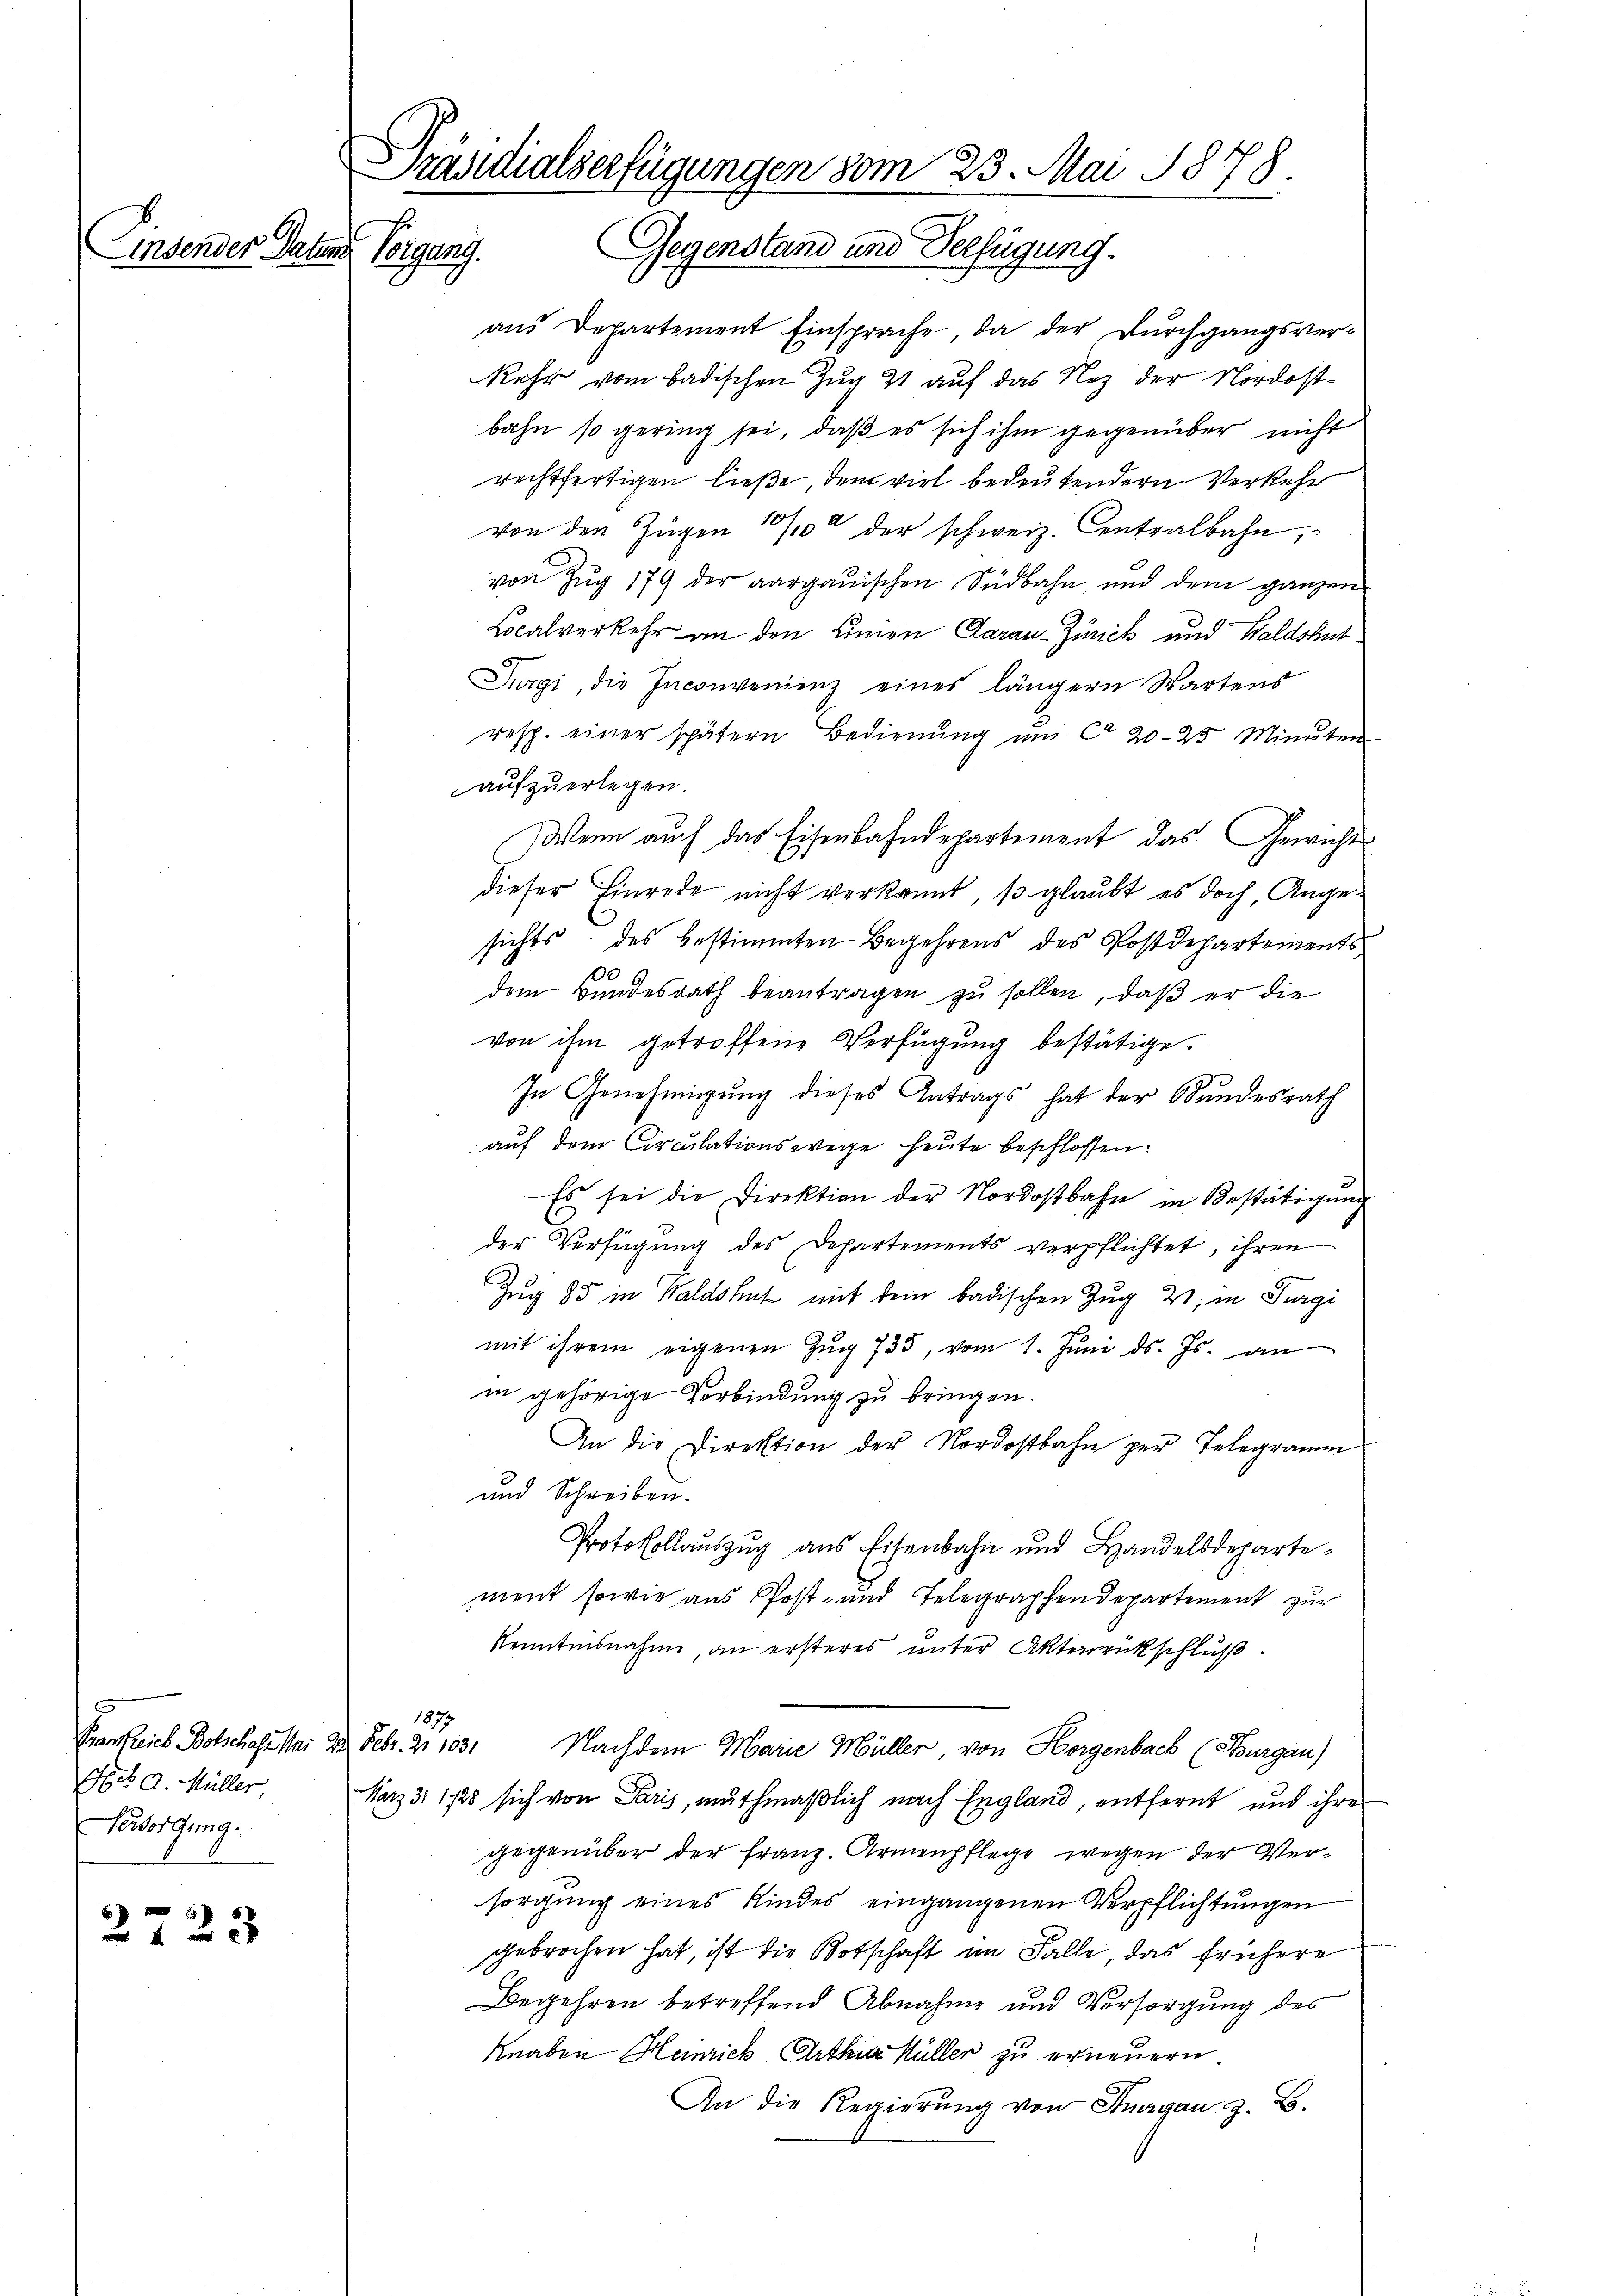
insender Datum

Frankreich Botschass Mai 29. Febr. 21. 1031
Ges a. Müller
Vorsorgung.

2723

Präsidialserfügungen vom 25. Mai 1878.
Vorgang. Gegenstand und Verfügung.

aus Departement Einsprache da der Durchgangsver-
Rehr vom badischen Zug 21 auf das Nez der Nordostbahn so gering sei, daß es sich ihm gegenüber nicht
rechtfertigen ließe, dem viel bedeutendern Verkehr
von den Zügen 1/10 der schweiz. Centralbahn,
von Zug 179 der aargauischen Südbahn und dem ganzen
Localverkehr an den Limon Aarau-Zürich und Waldshut¬
Jürgi, die Inconvenienz eines längern Wartens
resp. einer spätern Bedienŭng ŭm ca 20-23. Minuten
aufzuerlegen.
Wenn auch das Eisenbahndepartement das Gewichts
dieser Einrede nicht verkannt, so glaubt es doch Angesichts des bestimmten Begehrens des Postdepartements
dem Bundesrath beantragen zu sollen, daß er die
von ihm getroffene Verfügung bestätige.
In Genehmigung dieses Antrags hat der Bundesrath
auf dem Circulationswege heute beschlossen:
Es sei die Direktion der Nordostbahn in Bestätigung
der Verfügung des Departements verpflichtet, ihren
Zug 85 in Waldshut mit dem badischen Zug 21, in Furgi
mit ihrem eigenen Zŭg 735, vom 1. Jŭni d. Js. an
in gehörige Verbindung zu bringen.
An die Direktion der Nordostbahn per Telegramm
und Schreiben.
Protokollauszug aus Eisenbahn und Handelsdepartement sowie aus Post- und Telegraphendepartement zur
kenntnisnahme, an ersteres unter Aktenrückschluß.
1877
Nachdem Marie Müller, von Horgenbach (Burgau)
März 3. 1725 sich von Paris, muthmaßlich nach England, entfernt und ihrer
gegenüber der Franz. Armenpflege wegen der Versorgung eines Kindes eingangenen Verpflichtungen
gebrochen hat, ist die Botschaft im Falle, das frühere
Begehren betreffend Abnahme und Versorgung des
Knaben Heinrich Arthur Müller zu erneuern
An die Regierung von Stuargau z. B.